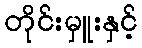
တိုင်းမှူးနှင့်